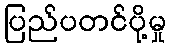
ပြည်ပတင်ပို့မှု